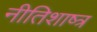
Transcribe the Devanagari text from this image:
नीतिशाष्त्र